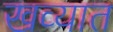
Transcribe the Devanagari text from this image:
खव्यात